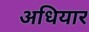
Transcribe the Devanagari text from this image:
अधियार